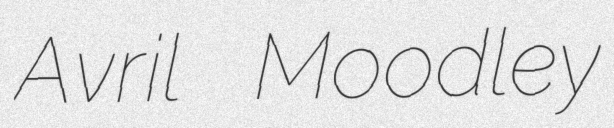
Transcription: Avril Moodley